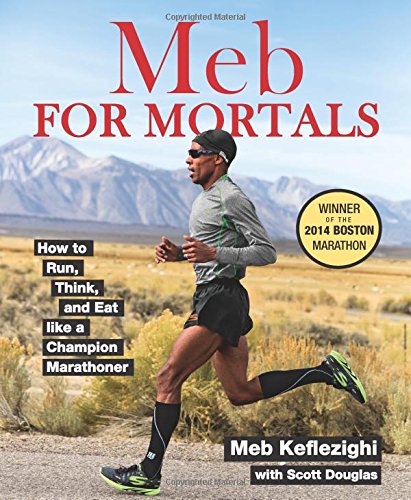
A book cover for Meb For Mortals: How to Run, Think, and Eat like a Champion Marathoner; Meb Keflezighi; Health, Fitness & Dieting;